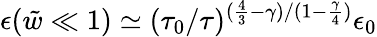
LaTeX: \epsilon({\tilde{w}}\ll 1)\simeq(\tau_{0}/\tau)^{(\frac{4}{3}-\gamma)/(1-\frac{\gamma}{4})}\epsilon_{0}